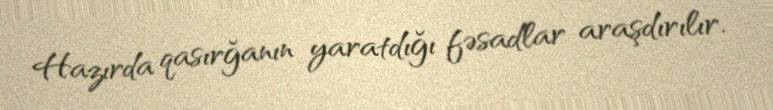
Hazırda qasırğanın yaratdığı fəsadlar araşdırılır.